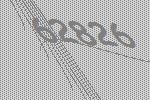
62826